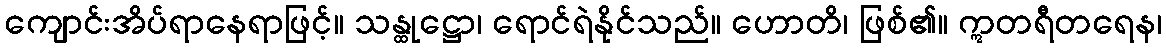
ကျောင်းအိပ်ရာနေရာဖြင့်။ သန္ထုဋ္ဌော၊ ရောင်ရဲနိုင်သည်။ ဟောတိ၊ ဖြစ်၏။ ဣတရီတရေန၊